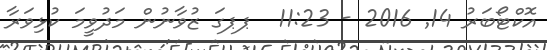
އޮކްޓޯބަރު 14